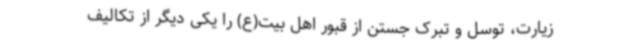
زیارت، توسل و تبرک جستن از قبور اهل بیت(ع) را یکی دیگر از تکالیف